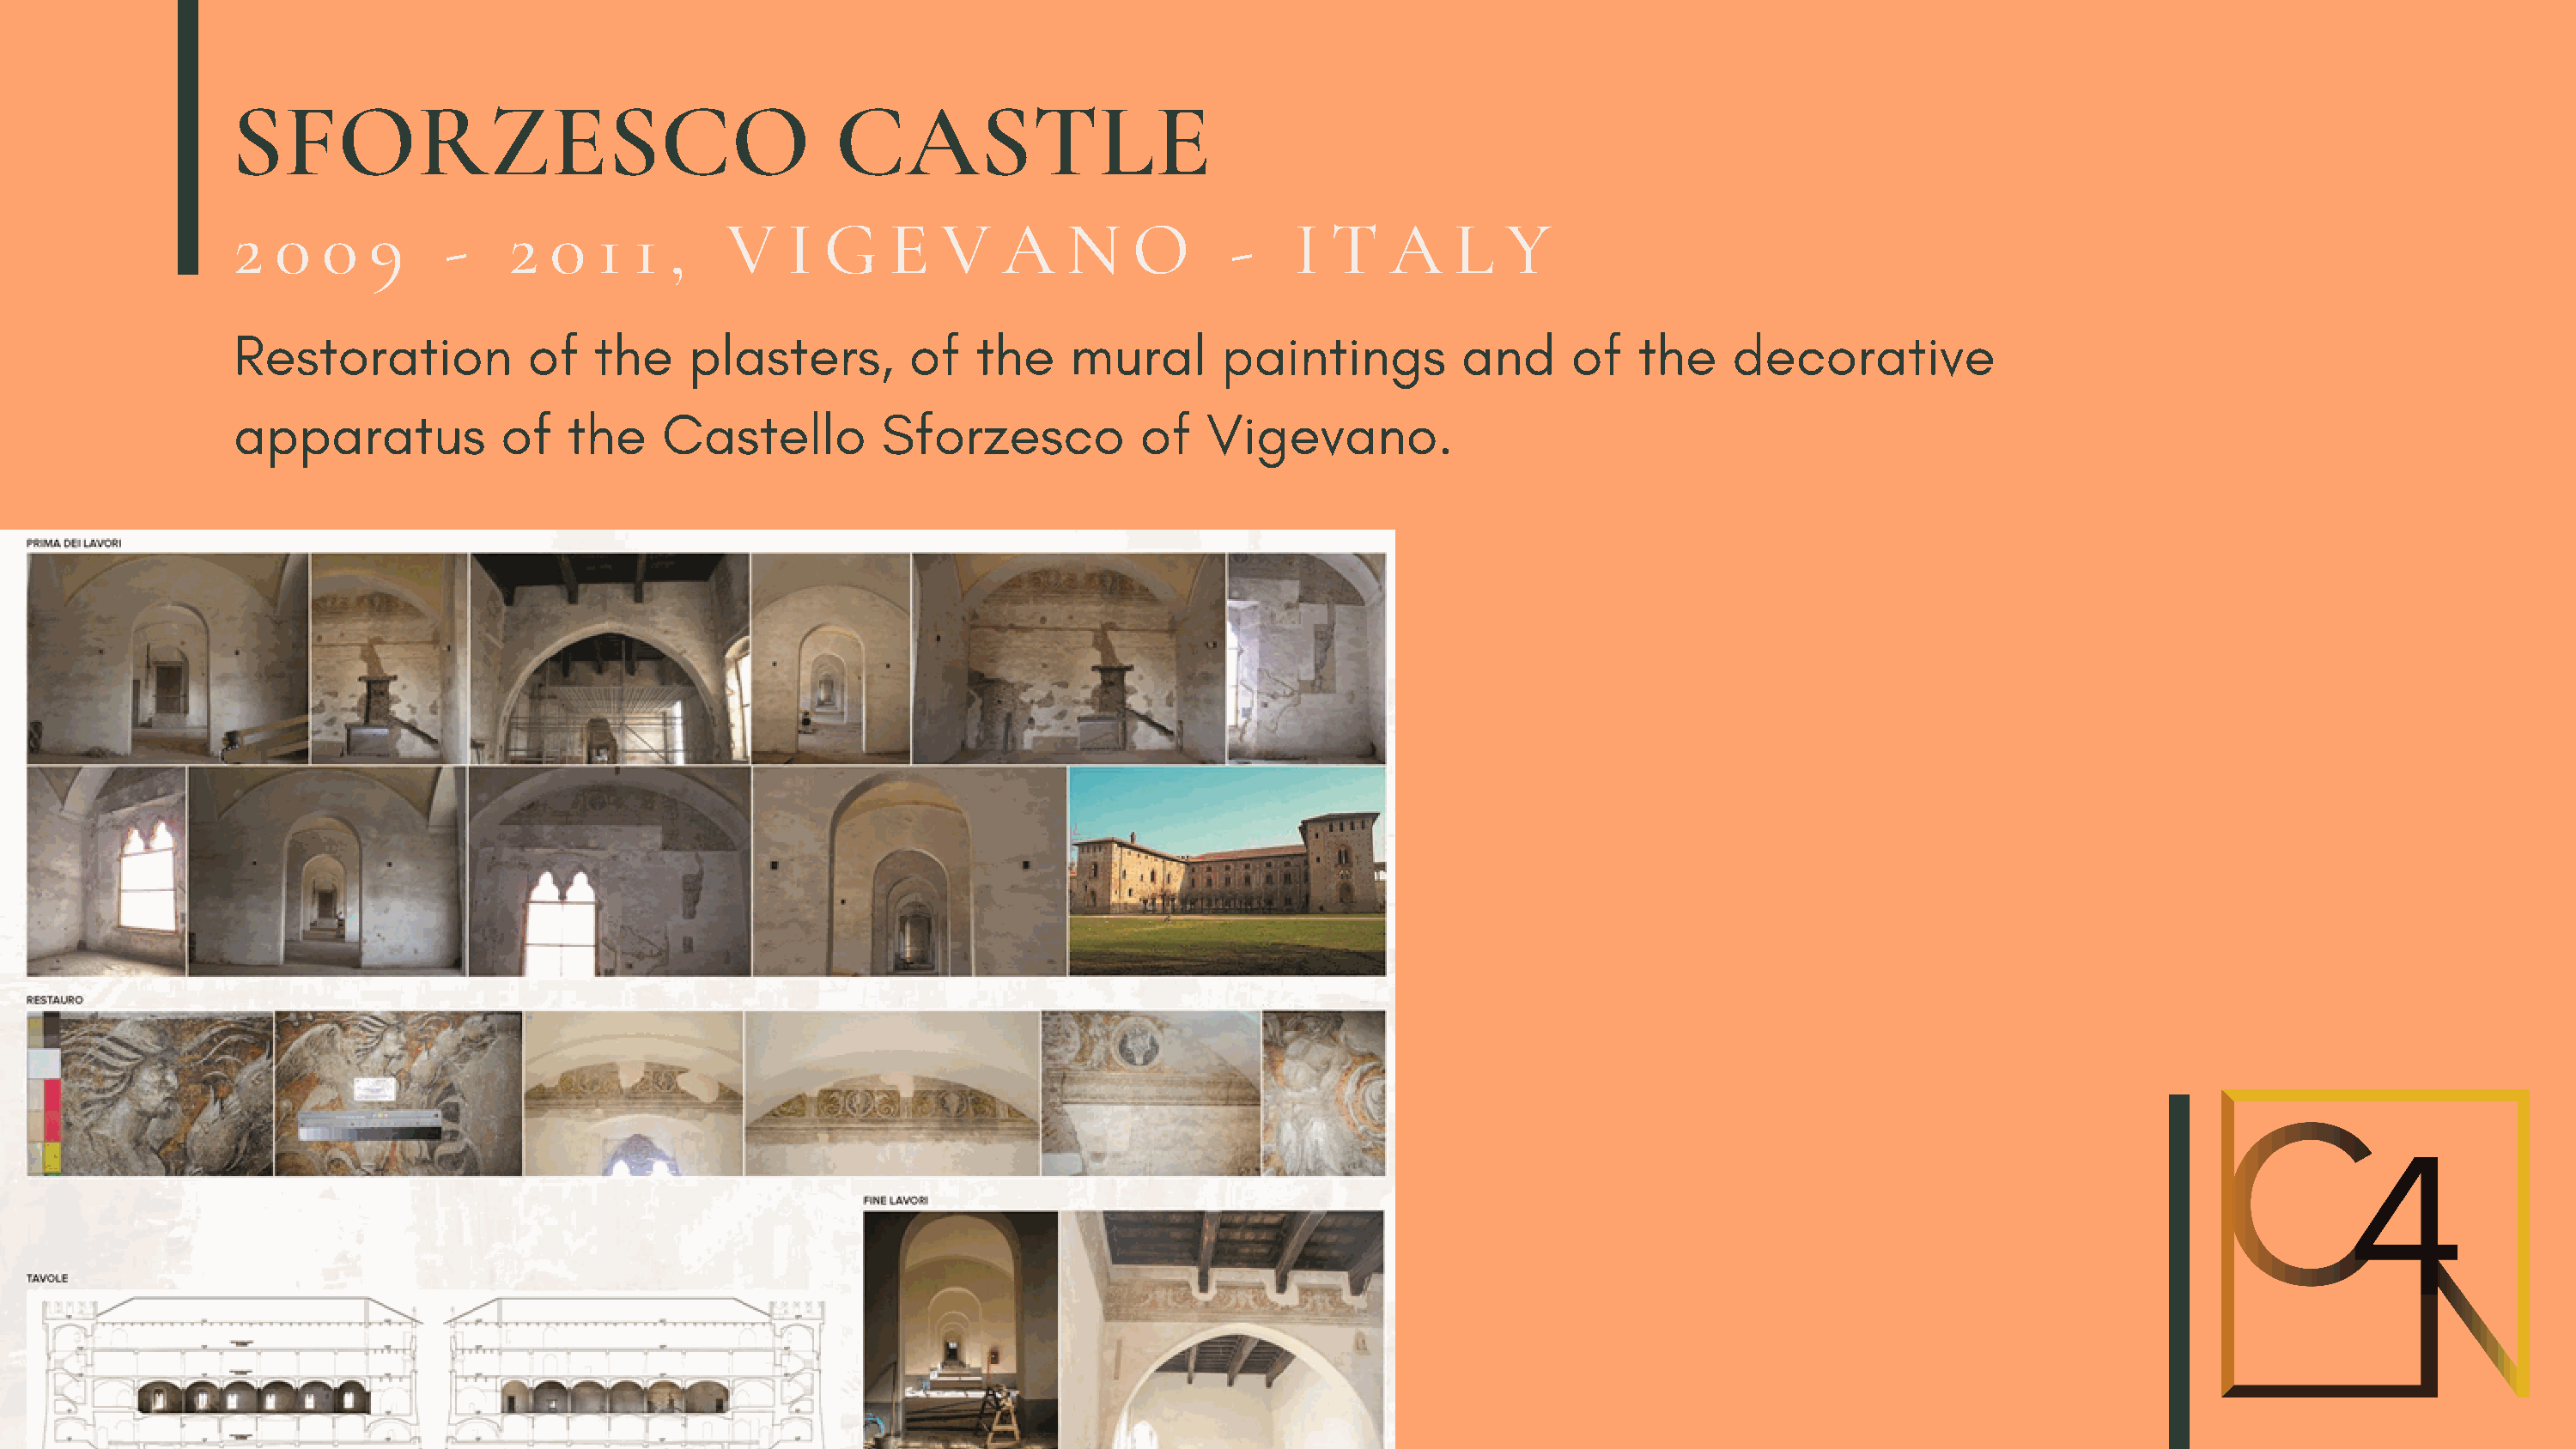
SFORZESCO                                     CASTLE
 2  0   0  9     -    2  0   1  1  ,   V    I  G    E   V   A    N    O       -    I  T   A    L   Y
 Restoration            of   the    plasters,        of   the     mural      paintings          and     of   the     decorative
 apparatus            of   the    Castello         Sforzesco           of   Vigevano.